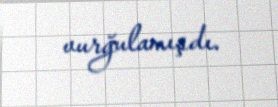
vurğulamışdı.